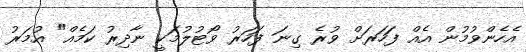
އެހެންވުމުން އެއް ފަހަރަށް ވުރެ ގިނަ ފަހަރު ވޯޓުލުމަކީ ނާދިރު ކަމެއް" އުމަރު